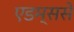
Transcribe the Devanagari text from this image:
एडम्ससे